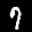
Label: 7